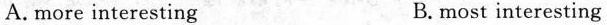
A. more interesting B. most interesting